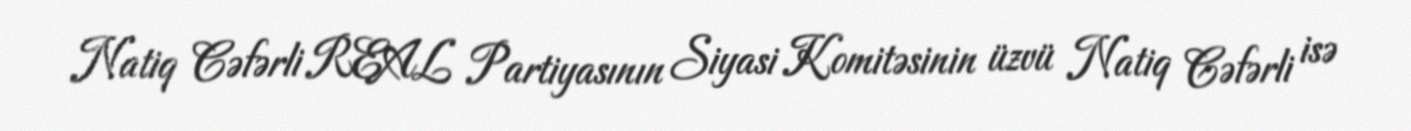
Natiq Cəfərli REAL Partiyasının Siyasi Komitəsinin üzvü Natiq Cəfərli isə